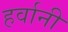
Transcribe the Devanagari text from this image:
हर्वानी